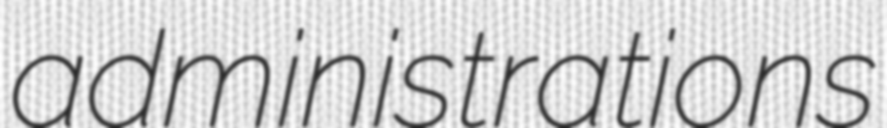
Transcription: administrations